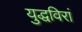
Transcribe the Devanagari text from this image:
युद्धविरां